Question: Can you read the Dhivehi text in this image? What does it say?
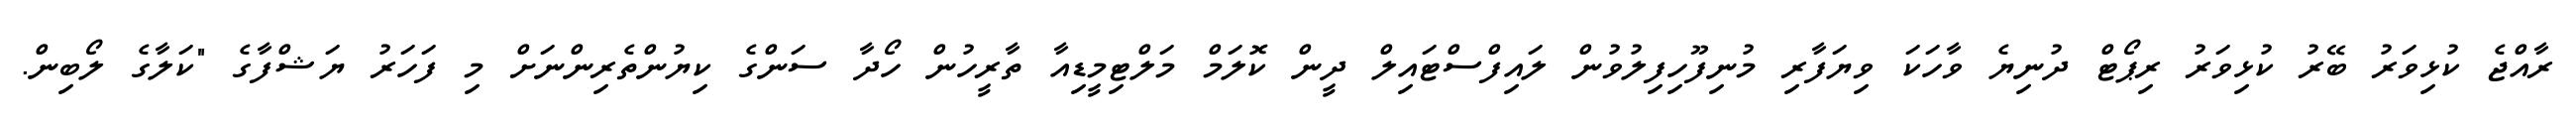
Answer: ރާއްޖެ ކުޅިވަރު ބޭރު ކުޅިވަރު ރިޕޯޓް ދުނިޔެ ވާހަކަ ވިޔަފާރި މުނިފޫހިފިލުވުން ލައިފްސްޓައިލް ދީން ކޮލަމް މަލްޓިމީޑިއާ ތާރީހުން ހޯދާ ސަންގެ ކިޔުންތެރިންނަށް މި ފަހަރު ޔަޝްފާގެ "ކަލާގެ ލޯބިން.